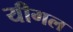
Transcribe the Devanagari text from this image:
यीगल